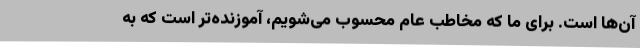
آن‌ها است. برای ما که مخاطب عام محسوب می‌شویم، آموزنده‌تر است که به